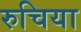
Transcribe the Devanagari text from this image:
रुचिया